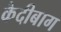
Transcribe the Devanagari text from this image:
कैदीबाग